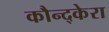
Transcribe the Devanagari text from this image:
कौन्द्केरा